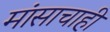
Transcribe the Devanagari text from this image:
मांसाचाही